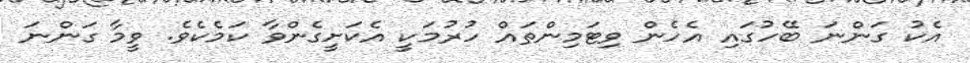
އެކު ގަންނަ ބޭހުގައި އެހެން ވިޓަމިންތައް ހުރުމަކީ އެކަށީގެންވާ ކަމެކެވެ. ވީމާ ގަންނަ